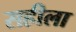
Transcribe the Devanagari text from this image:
सहीला